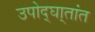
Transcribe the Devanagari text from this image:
उपोद्‌घा्तांत